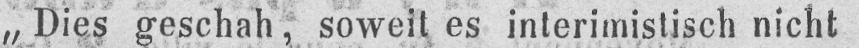
„Dies geschah, soweit es interimistisch nicht